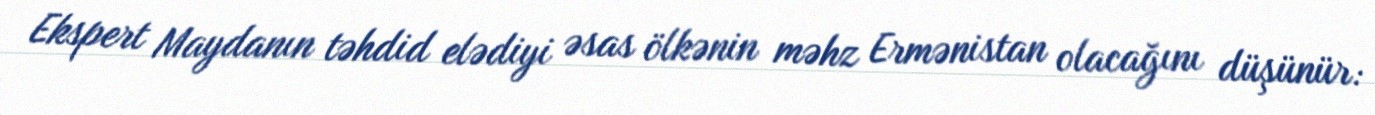
Ekspert Maydanın təhdid elədiyi əsas ölkənin məhz Ermənistan olacağını düşünür: